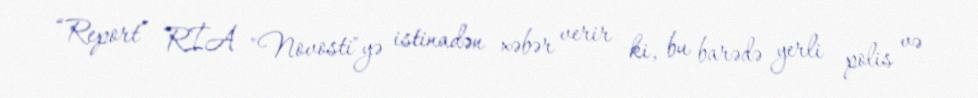
“Report” RİA "Novosti"yə istinadən xəbər verir ki, bu barədə yerli polis və